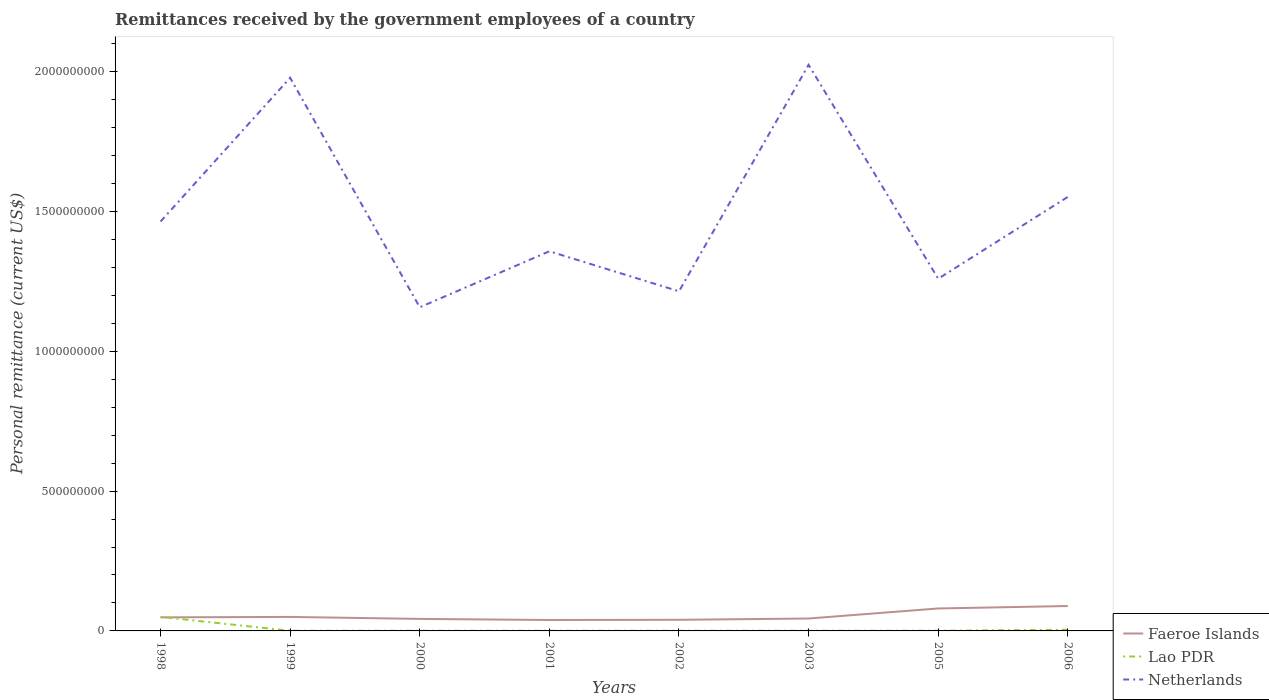
| Years | Faeroe Islands | Lao PDR | Netherlands |
 | --- | --- | --- | --- |
 | 1998 | 4.85e+07 | 5e+07 | 1.46e+09 |
 | 1999 | 5e+07 | 6e+05 | 1.98e+09 |
 | 2000 | 4.3e+07 | 6.6e+05 | 1.16e+09 |
 | 2001 | 3.9e+07 | 6.95e+05 | 1.36e+09 |
 | 2002 | 3.98e+07 | 7.29e+05 | 1.21e+09 |
 | 2003 | 4.44e+07 | 7.66e+05 | 2.02e+09 |
 | 2005 | 8.03e+07 | 8.3e+05 | 1.26e+09 |
 | 2006 | 8.91e+07 | 4.24e+06 | 1.55e+09 |